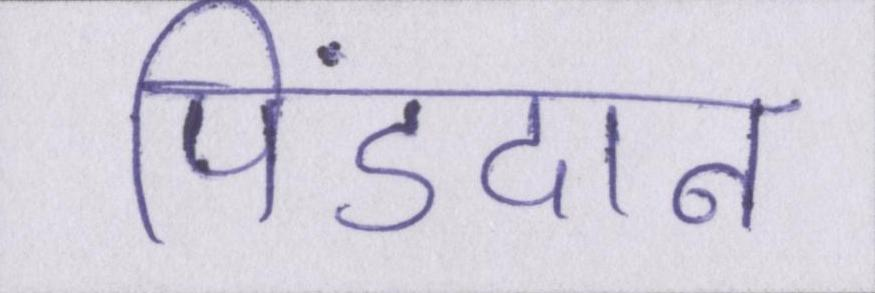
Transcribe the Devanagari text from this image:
पिंडदान